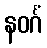
နဝင်္ဂံ